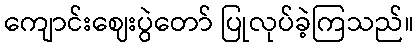
ကျောင်းဈေးပွဲတော် ပြုလုပ်ခဲ့ကြသည်။